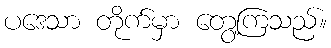
ပဒေသာ တိုက်မှာ တွေ့ကြသည်။